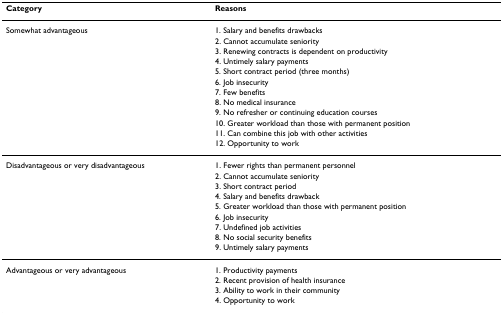
| Category | Reasons |
 | --- | --- |
 | Somewhat advantageous | 1. Salary and benefits drawbacks |
 |  | 2. Cannot accumulate seniority |
 |  | 3. Renewing contracts is dependent on productivity |
 |  | 4. Untimely salary payments |
 |  | 5. Short contract period (three months) |
 |  | 6. Job insecurity |
 |  | 7. Few benefits |
 |  | 8. No medical insurance |
 |  | 9. No refresher or continuing education courses |
 |  | 10. Greater workload than those with permanent position |
 |  | 11. Can combine this job with other activities |
 |  | 12. Opportunity to work |
 | Disadvantageous or very disadvantageous | 1. Fewer rights than permanent personnel |
 |  | 2. Cannot accumulate seniority |
 |  | 3. Short contract period |
 |  | 4. Salary and benefits drawback |
 |  | 5. Greater workload than those with permanent position |
 |  | 6. Job insecurity |
 |  | 7. Undefined job activities |
 |  | 8. No social security benefits |
 |  | 9. Untimely salary payments |
 | Advantageous or very advantageous | 1. Productivity payments |
 |  | 2. Recent provision of health insurance |
 |  | 3. Ability to work in their community |
 |  | 4. Opportunity to work |